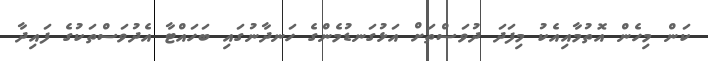
ކަން މިހެން އޮތުމާއިއެކު މިފަދަ ދުވަސްތަށް އަޅުގަނޑުމެންގެ ހަނދާނުގައި ބަހައްޓާ އެދުވަސްތަކުގެ ފައިދާ